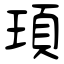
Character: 頊